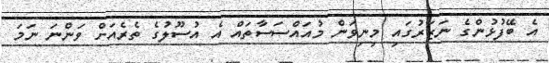
އެ ބޭފުޅުންގެ ނަޒަރުގައި މިނިވަން މުއައްސަސާތައް އެ އުސޫލުގެ ތެރެއަށް ވަންނަ ނަމަ